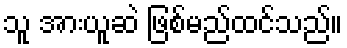
သူ အားယူဆဲ ဖြစ်မည်ထင်သည်။